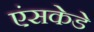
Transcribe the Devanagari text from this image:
एंसकेडे